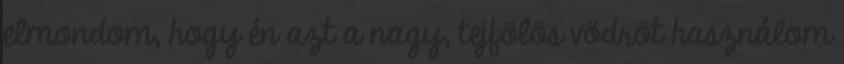
elmondom, hogy én azt a nagy, tejfölös vödröt használom